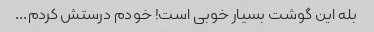
بله این گوشت بسیار خوبی است! خودم درستش کردم...